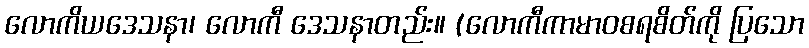
လောကိယဒေသနာ၊ လောကီ ဒေသနာတည်း။ (လောကီကာမာဝစရစိတ်ကို ပြသော